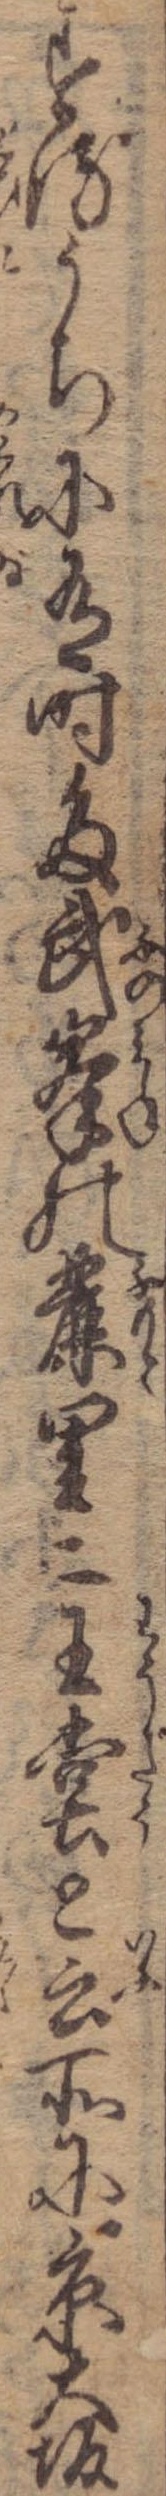
するうちに有時多武峰の麓里二王堂と云所に京大坂